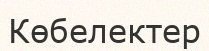
Көбелектер